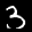
Label: 3